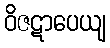
ဝိဇဋာပေယျ